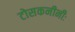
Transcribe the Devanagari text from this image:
टोसकनीनीः